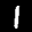
Label: 1